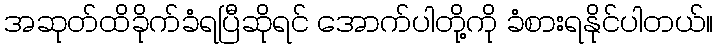
အဆုတ်ထိခိုက်ခံရပြီဆိုရင် အောက်ပါတို့ကို ခံစားရနိုင်ပါတယ်။